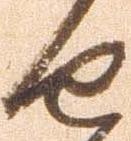
由